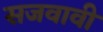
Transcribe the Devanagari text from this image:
सजवावी